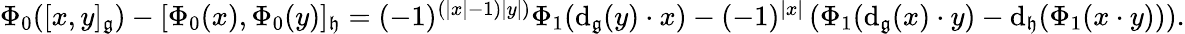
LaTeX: \begin{array}{r}{\Phi_{0}([x,y]_{\mathfrak{g}})-[\Phi_{0}(x),\Phi_{0}(y)]_{\mathfrak{h}}=(-1)^{(\lvert x\rvert-1)\lvert y\rvert)}\Phi_{1}(\mathrm{d}_{\mathfrak g}(y)\cdot x)-(-1)^{\lvert x\rvert}\left(\Phi_{1}(\mathrm{d}_{\mathfrak{g}}(x)\cdot y)-\mathrm{d}_{\mathfrak{h}}(\Phi_{1}(x\cdot y))\right).}\end{array}